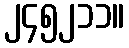
၂၄၅၂၁၁။